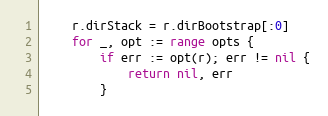
Language: Go
	r.dirStack = r.dirBootstrap[:0]
	for _, opt := range opts {
		if err := opt(r); err != nil {
			return nil, err
		}